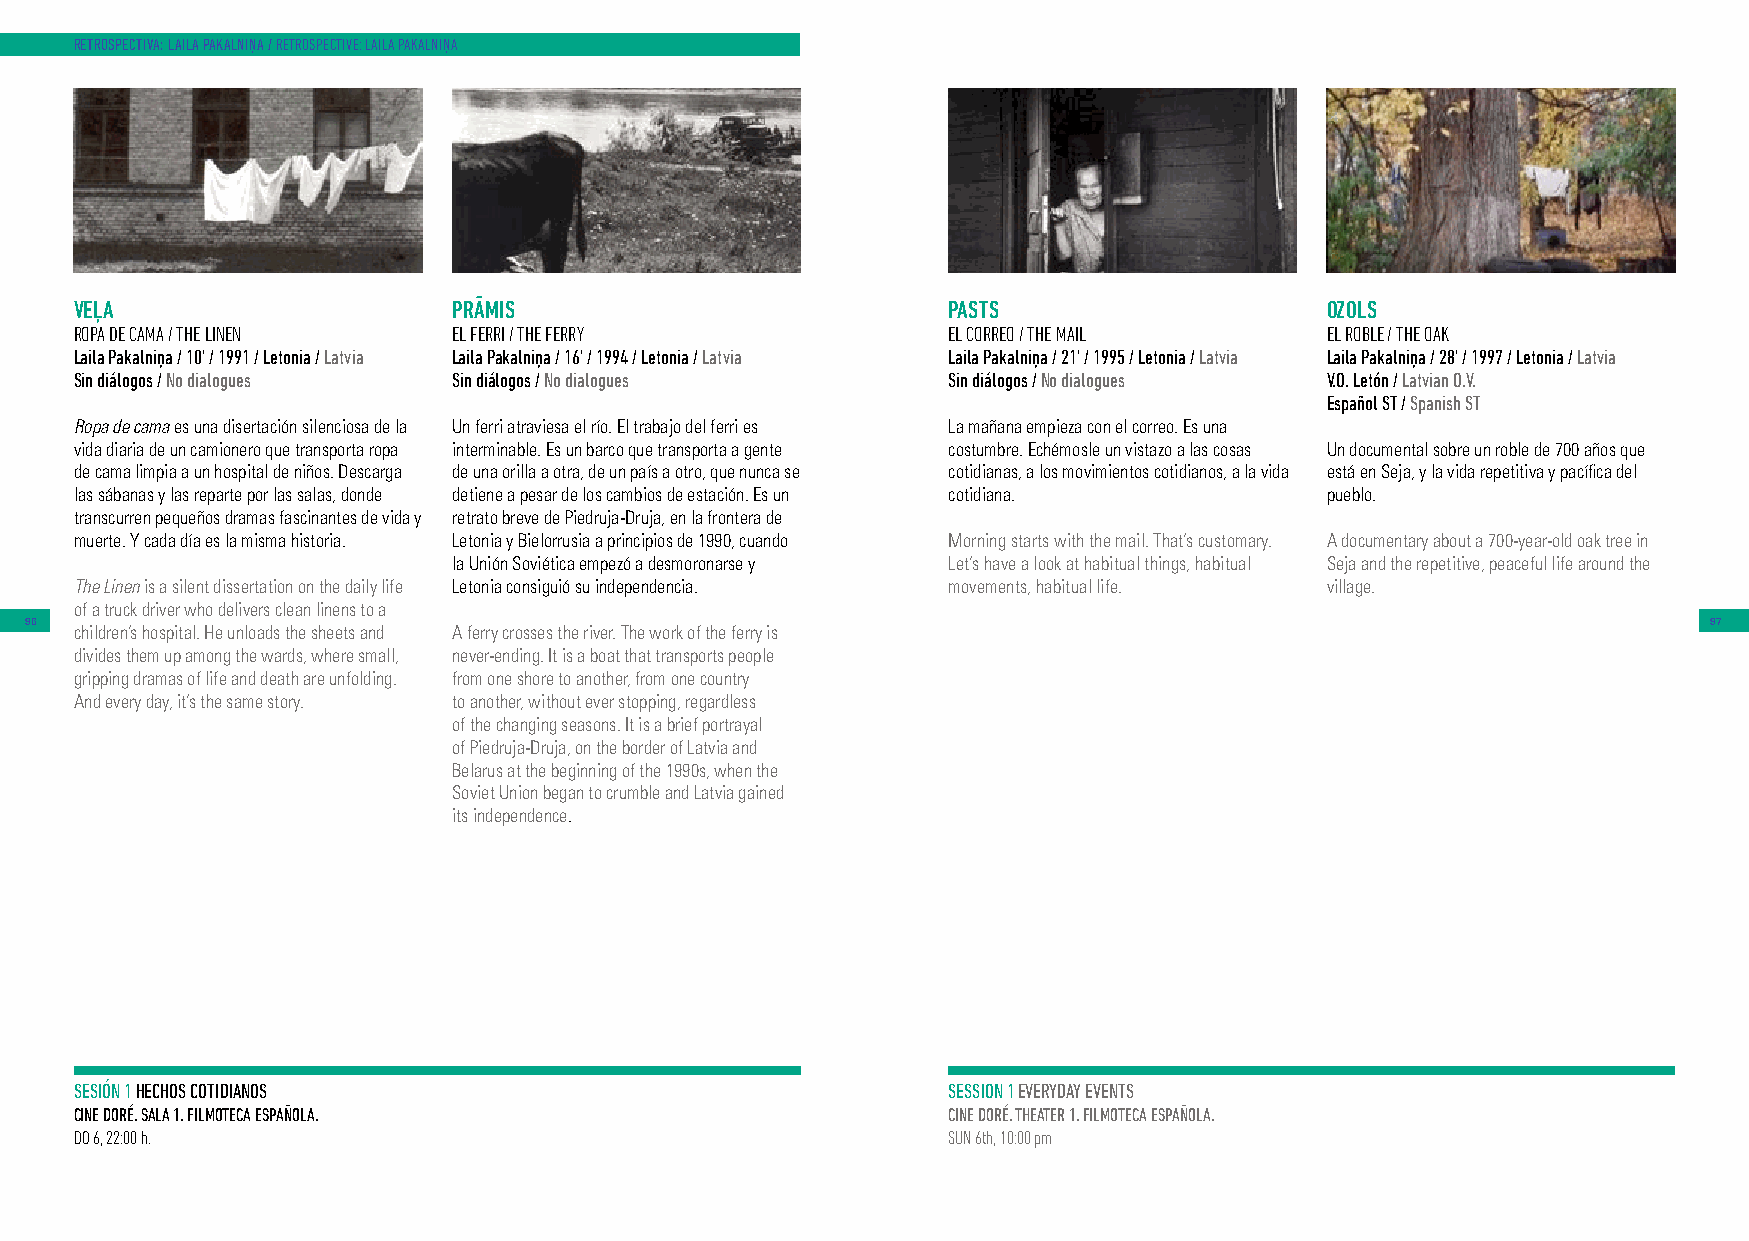
RETROSPECTIVA: LAILA PAKALNIŅA / RETROSPECTIVE: LAILA PAKALNIŅA
 VEĻA                     PRĀMIS                           PASTS                    OZOLS
 ROPA DE CAMA / THE LINEN EL FERRI / THE FERRY             EL CORREO / THE MAIL     EL ROBLE / THE OAK
 Laila Pakalniņa / 10’ / 1991 / Letonia / Latvia Laila Pakalniņa / 16’ / 1994 / Letonia / Latvia Laila Pakalniņa / 21’ / 1995 / Letonia / Latvia Laila Pakalniņa / 28’ / 1997 / Letonia / Latvia
 Sin diálogos / No dialogues Sin diálogos / No dialogues   Sin diálogos / No dialogues V.O. Letón / Latvian O.V.
 Español ST / Spanish ST
 Ropa de cama es una disertación silenciosa de la Un ferri atraviesa el río. El trabajo del ferri es La mañana empieza con el correo. Es una
 vida diaria de un camionero que transporta ropa interminable. Es un barco que transporta a gente costumbre. Echémosle un vistazo a las cosas Un documental sobre un roble de 700 años que
 de cama limpia a un hospital de niños. Descarga de una orilla a otra, de un país a otro, que nunca se cotidianas, a los movimientos cotidianos, a la vida está en Seja, y la vida repetitiva y pacífica del
 las sábanas y las reparte por las salas, donde detiene a pesar de los cambios de estación. Es un cotidiana. pueblo.
 transcurren pequeños dramas fascinantes de vida y retrato breve de Piedruja-Druja, en la frontera de
 muerte. Y cada día es la misma historia. Letonia y Bielorrusia a principios de 1990, cuando Morning starts with the mail. That’s customary. A documentary about a 700-year-old oak tree in
 la Unión Soviética empezó a desmoronarse y Let’s have a look at habitual things, habitual Seja and the repetitive, peaceful life around the
 The Linen is a silent dissertation on the daily life Letonia consiguió su independencia. movements, habitual life. village.
 of a truck driver who delivers clean linens to a
 96                                                                                                             97
 children’s hospital. He unloads the sheets and A ferry crosses the river. The work of the ferry is
 divides them up among the wards, where small, never-ending. It is a boat that transports people
 gripping dramas of life and death are unfolding. from one shore to another, from one country
 And every day, it’s the same story. to another, without ever stopping, regardless
 of the changing seasons. It is a brief portrayal
 of Piedruja-Druja, on the border of Latvia and
 Belarus at the beginning of the 1990s, when the
 Soviet Union began to crumble and Latvia gained
 its independence.
 SESIÓN 1 HECHOS COTIDIANOS                                SESSION 1 EVERYDAY EVENTS
 CINE DORÉ. SALA 1. FILMOTECA ESPAÑOLA.                    CINE DORÉ. THEATER 1. FILMOTECA ESPAÑOLA.
 DO 6, 22:00 h.                                            SUN 6th, 10:00 pm